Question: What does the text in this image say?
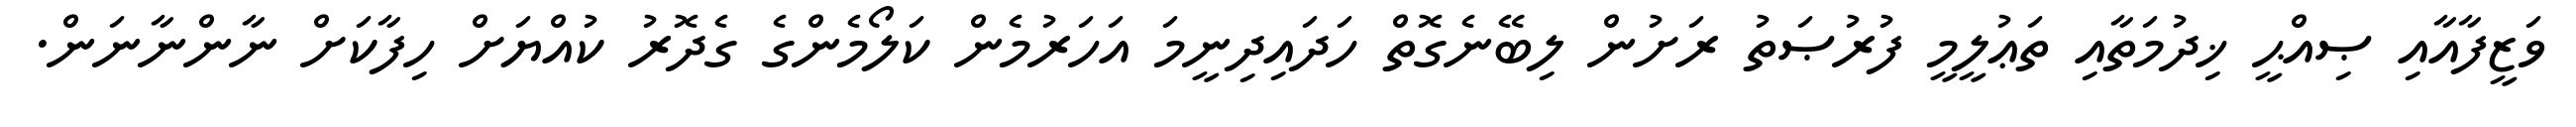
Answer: ވަޒީފާއާއި ޞިއްޙީ ޚިދުމަތާއި ތަޢުލީމީ ފުރުޞަތު ރަށުން ލިބޭނެގޮތް ހަދައިދިނީމަ އަހަރުމެން ކަލޯމެންގެ ގެދޮރު ކުއްޔަށް ހިފާކަށް ނާންނާނަން.